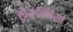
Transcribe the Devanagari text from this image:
खैरुन्निसा